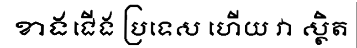
ខាងជើង ប្រទេស ហើយ វា ស្ថិត